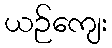
ယဉ်ကျေး